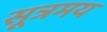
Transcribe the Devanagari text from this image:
सूत्रमय